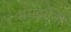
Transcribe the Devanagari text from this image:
समझौती